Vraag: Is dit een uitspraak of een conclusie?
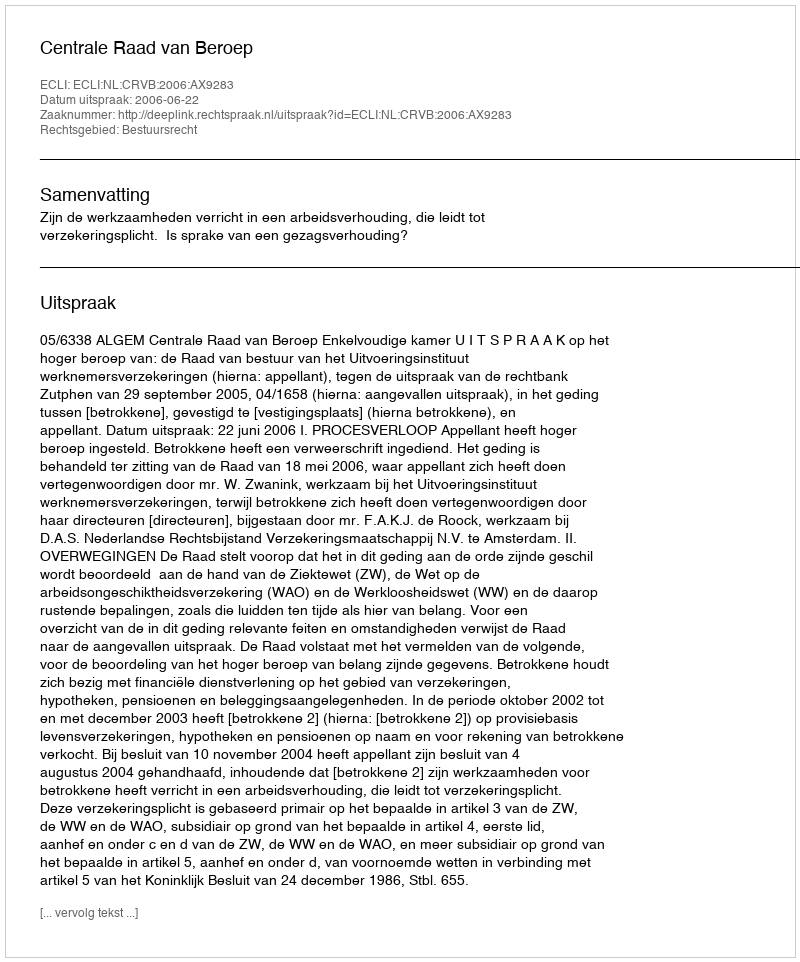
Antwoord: Uitspraak